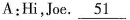
A: Hi, Joe. \underline{51}